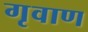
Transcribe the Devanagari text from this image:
गृवाण